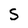
Character: s